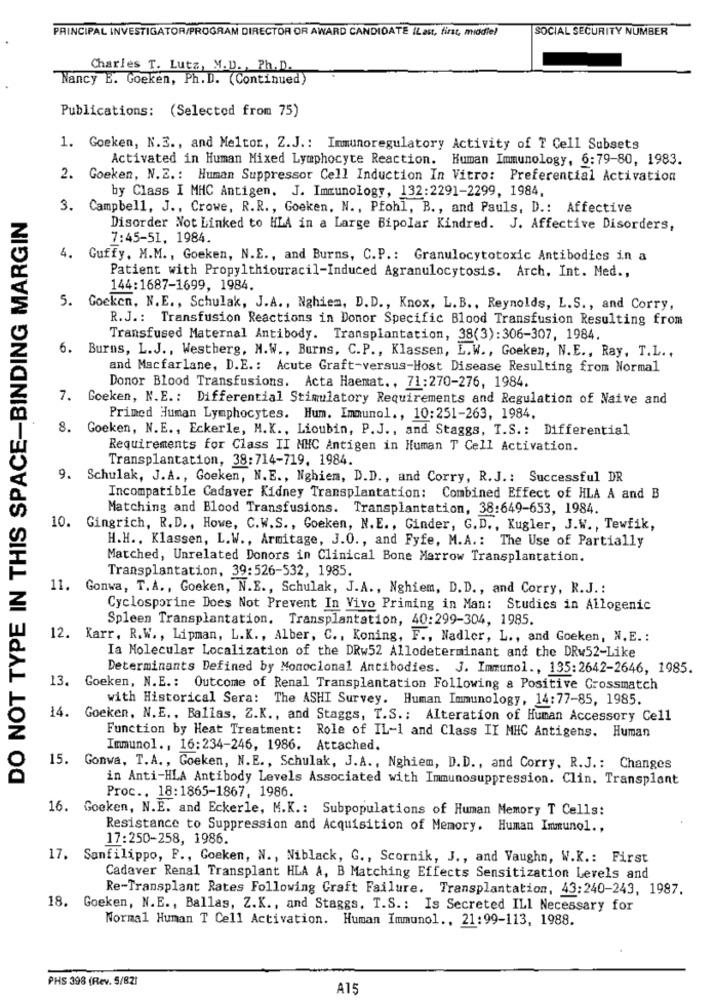
PRINCIPAL INVESTIGATOR/PROGRAM DIRECTOR OR AWARD CANDIDATE ILast, first, middle!
SOCIAL SECURITY NUMBER
Charles T. Lutz, M.D ., Ph. D.
Nancy E. Goeken, Ph. D. (Continued)
Publications: (Selected from 75)
1. Goeken, N.E ., and Meltor, Z.J .: Immunoregulatory Activity of T Cell Subsets
Activated in Human Mixed Lymphocyte Reaction. Human Immunology, 6:79-80, 1983.
2. Goeken, N.Z .: Human Suppressor Cell Induction In Vitro: Preferential Activation
by Class I MHC Antigen. J. Immunology, 132:2291-2299, 1984,
DO NOT TYPE IN THIS SPACE-BINDING MARGIN
3. Campbell, J ., Crowe, R.R ., Goeken, N ., Pfohl, B ., and Pauls, D .: Affective
Disorder Not Linked to HLA in a Large Bipolar Kindred. J. Affective Disorders,
7:45-51, 1984.
4. Guffy, M.M ., Goeken, N.E ., and Burns, C.P .: Granulocytotoxic Antibodies in a
Patient with Propylthiouracil-Induced Agranulocytosis. Arch. Int. Med .,
144:1687-1699, 1984.
5. Goeken, N.E ., Schulak, J.A ., Nghiem, D.D ., Knox, L.B ., Reynolds, L.S ., and Corry,
R.J .: Transfusion Reactions in Donor Specific Blood Transfusion Resulting from
Transfused Maternal Antibody. Transplantation, 38(3):306-307, 1984.
6. Burns, L.J ., Westherg, H.W ., Burns, C.P ., Klassen, L.W ., Goeken, N.E ., Ray, T.L .,
and Macfarlane, D.E .: Acute Graft-versus-Host Disease Resulting from Normal
Donor Blood Transfusions. Acta Haemat ., 71:270-276, 1984.
7. Goeken, N.E .: Differential Stimulatory Requirements and Regulation of Naive and
Primed Human Lymphocytes. Hum. Immunol ., 10:251-263, 1984.
8. Goeken, N.E ., Eckerle, H.K ., Lioubin, P.J ., and Staggs, T.S .: Differential
Requirements for Class II MHC Antigen in Human T Cell Activation.
Transplantation, 38:714-719. 1984.
9. Schulak, J.A ., Goeken, N.E ., Nghiem, D.D ., and Corry, R.J .: Successful DR
Incompatible Cadaver Kidney Transplantation: Combined Effect of HLA A and B
Matching and Blood Transfusions. Transplantation, 38:649-653, 1984.
10. Gingrich, R.D ., Howe, C.W.S ., Goeken, N.E ., Ginder, G.D ., Kugler, J.W ., Tewfik,
H.H ., Klassen, L.W ., Armitage, J.0 ., and Fyfe, M.A .: The Use of Partially
Matched, Unrelated Donors in Clinical Bone Marrow Transplantation.
Transplantation, 39:526-532, 1985.
11. Gonwa, T.A ., Goeken, N.E ., Schulak, J.A ., Nghiem, D.D ., and Corry, R.J .:
Cyclosporine Does Not Prevent In Vivo Priming in Man: Studies in Allogenic
Spleen Transplantation. Transplantation, 40:299-304, 1985.
12. Karr, R.W ., Lipman, L.K ., Alber, C ., Koning, F ., Nadler, L ., and Goeken, N. E .:
Ia Molecular Localization of the DRw52 Allodeterminant and the DRw52-Like
Determinants Defined by Monoclonal Antibodies. J. Immunol ., 135:2642-2646, 1985.
13. Goeken, N.E .: Outcome of Renal Transplantation Following a Positive Grossmatch
with Historical Sera: The ASHI Survey. Human Immunology, 14:77-85, 1985.
14. Goeken, N.E ., Ballas, Z.K ., and Staggs, T.S .: Alteration of Human Accessory Cell
Function by Heat Treatment: Role of IL-1 and Class II MHC Antigens. Human
Immunol ., 16:234-246, 1986. Attached.
15. Gonwa, T.A ., Goeken, N.E ., Schulak, J.A ., Nghiem, D.D ., and Corry. R.J .: Changes
in Anti-HLA Antibody Levels Associated with Immunosuppression. Clin. Transplant
Proc .. 18:1865-1867, 1986.
16. Gocken, N.E. and Eckerle, M.K .: Subpopulations of Human Memory T Cells:
Resistance to Suppression and Acquisition of Memory. Human Immunol .,
17:250-258, 1986.
17. Sanfilippo, P ., Goeken, N ., Niblack, G ., Scornik, J ., and Vaughn, W.K .: First
Cadaver Renal Transplant HLA A, B Matching Effects Sensitization Levels and
Re-Transplant Rates Following Craft Failure. Transplantation, 43:240-243, 1987.
18. Goeken, N.E ., Ballas, Z.K ., and Staggs, T.S .: Is Secreted ILI Necessary for
Normal Human T Cell Activation. Human Immunol ., 21:99-113, 1988.
PHS 398 (Rev. 5/821
A15